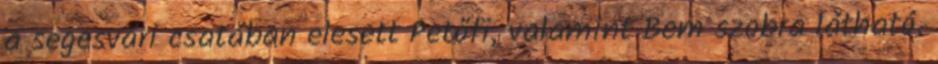
a segesvári csatában elesett Petőfi, valamint Bem szobra látható.